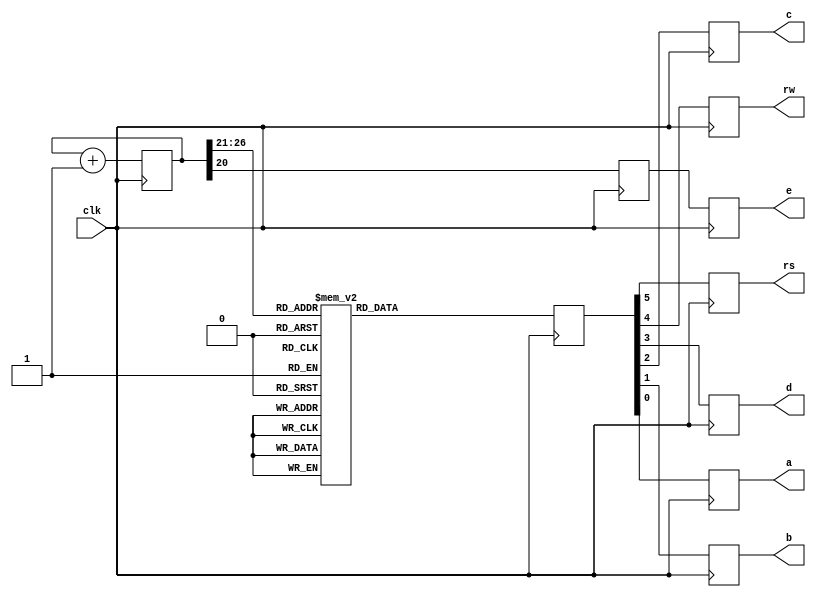
module lcd(clk, e, rs, rw, d, c, b, a);

input clk; // pin C9 is the 50-MHz on-board clock
//output reg sf_e; // 1 LCD access (0 strataFlash access)
output reg e; // enable (1)
output reg rs;	// Register Select (1 data bits for R/W)
output reg rw;	// Read/Write 1/0
output reg d;	// 4th data bits (to form a nibble)
output reg c;	// 3rd data bits (to form a nibble)
output reg b;	// 2nd data bits (to form a nibble)
output reg a;	// 1st data bits (to form a nibble)

reg [26:0] count = 0;	// 27-bit count, 0-(128M-1), over 2 secs
reg [5:0] code;	// 6-bits different signals to give out
reg refresh;	// refresh LCD rate @ about 25Hz

always @ (posedge clk) begin
count <= count + 1;

case (count [26:21])	// as top 6 bits change
// power-on init can be carried out befor this loop to avoid the flickers
0: code <= 6'h03;	// power-on init sequence
1: code <= 6'h03;	// this is needed at least once
2: code <= 6'h03;	// when LCD's powered on
3: code <= 6'h02;	// it flickers existing char dislay
// Table 5-3, Function Set 
// Send 00 and upper nibble 0010, then 00 and lower nibble 10xx
4: code <= 6'h02; // Function Set, upper nibble 0010 
5: code <= 6'h08; // lower nibble 1000 (10xx)
// Table 5-3, Entry Mode 
// send 00 and upper nibble: I/D bit (Incr 1, Decr 0), S bit (Shift 1, 0 no) 
6: code <= 6'h00; // see table, upper nibble 0000, then lower nibble: 
7: code <= 6'h06; // 0110: Incr, Shift disabled
// Table 5-3, Display On/Off 
// send 00 and upper nibble 0000, then 00 and lower nibble 1 DCB 
// D: 1, show char represented by code in DDR, 0 don't, but code remains 
// C: 1, show cursor, 0 don't 
// B: 1, cursor blinks (if shown), 0 don't blink (if shown) 
8: code <= 6'h00; // Display On/Off, upper nibble 0000 
9: code <= 6'h0C; // lower nibble 1100 (1 D C B)
// Table 5-3 Clear Display, 00 and upper nibble 0000, 00 and lower nibble 0001 
10: code <= 6'h00; // Clear Display, 00 and upper nibble 0000 
11: code <= 6'h01; // then 00 and lower nibble 0001
// Chararters are then given out, the cursor will advance to the right 
// Table 5-3, Write Data to DD RAM (or CG RAM) 
// Fig 5-4, 'H' send 10 and upper nibble 0100, then 10 and lower nibble 
12: code <= 6'h24; // 'H' high nibble 
13: code <= 6'h28; // 'H' low nibble 
14: code <= 6'h26; // e 
15: code <= 6'h25; 
16: code <= 6'h26; // 1 
17: code <= 6'h2C; 
18: code <= 6'h26; // 1 
19: code <= 6'h2C;
20: code <= 6'h26; // 0 
21: code <= 6'h2F; 
//22: code <= 6'h22; // , 
//23: code <= 6'h2C; // Table 5-3, Set DD RAM (DDR) Address 
//// position the cursor onto the start of the 2nd line 
//// send 00 and upper nibble 1???, ??? is the highest 3 bits of the DDR 
//// address to move the cursor to, then 00 and lower 4 bits of the addr 
//// so ??? is 100 and then 0000 for h40 
//24: code <= 6'b001100; // pos cursor to 2nd line upper nibble 
//25: code <= 6'b000000; // lower nibble: h0 
//// Characters are then given out, the cursor will advance to the right 
//26: code <= 6'h25; // W 
//27: code <= 6'h27; 28: code <= 6'h26; // o 
//29: code <= 6'h2F; 30: code <= 6'h27; // r 
//31: code <= 6'h22; 32: code <= 6'h26; // l 
//33: code <= 6'h2C; 34: code <= 6'h26; // d 
//35: code <= 6'h24; 36: code <= 6'h22; // ! 
37: code <= 6'h21; // Table 5-3, Read Busy Flag and Address 
// send 01 BF (Busy Flag) x x x, then 01xxxx 
// idling
 
default: code <= 6'h10; // the restun-used time 
endcase 
// refresh (enable) the LCD when bit 20 of the count is 1 
// (it flips when counted upto 2M, and flips again after another 2M) 
refresh <= count[ 20 ]; // flip rate about 25 (50MHz/2*21=2M) 
//sf_e <= 1; 
e <= refresh; 
rs <= code[5]; rw <= code[4]; 
d <= code[3]; c <= code[2]; 
b <= code[1]; a <= code[0]; 
end // always

endmodule